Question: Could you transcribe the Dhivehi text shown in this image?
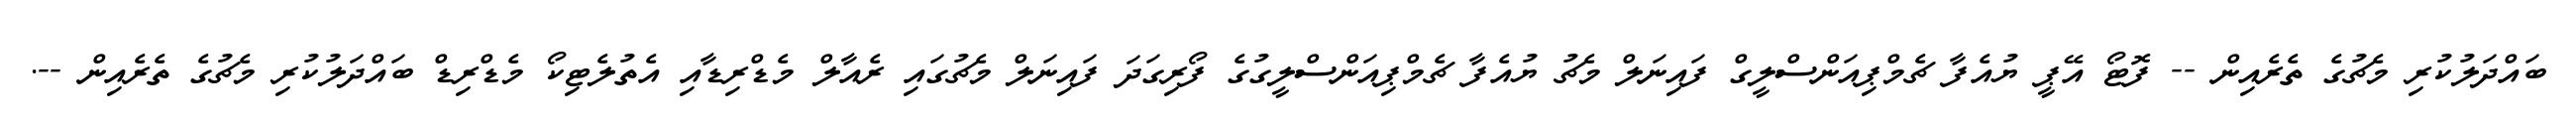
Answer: ބައްދަލުކުރި މެޗުގެ ތެރެއިން -- ފޮޓޯ އޭޕީ ޔުއެފާ ޗެމްޕިއަންސްލީގް ފައިނަލް މެޗު ޔުއެފާ ޗެމްޕިއަންސްލީގުގެ ފޯރިގަދަ ފައިނަލް މެޗުގައި ރެއާލް މެޑްރިޑާއި އެތުލެޓިކޯ މެޑްރިޑް ބައްދަލުކުރި މެޗުގެ ތެރެއިން --.